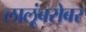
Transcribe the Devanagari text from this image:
लालूंबरोबर